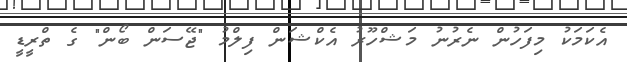
އެކަމަކު މިފަހުން ނެރުނު މަޝްހޫރު އެކްޝަން ފިލްމު "ޖޭސަން ބޯން" ގެ ތްރީޑީ